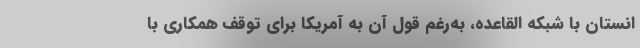
انستان با شبکه القاعده، به‌رغم قول آن به آمریکا برای توقف همکاری با